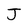
Character: J